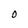
Character: 0